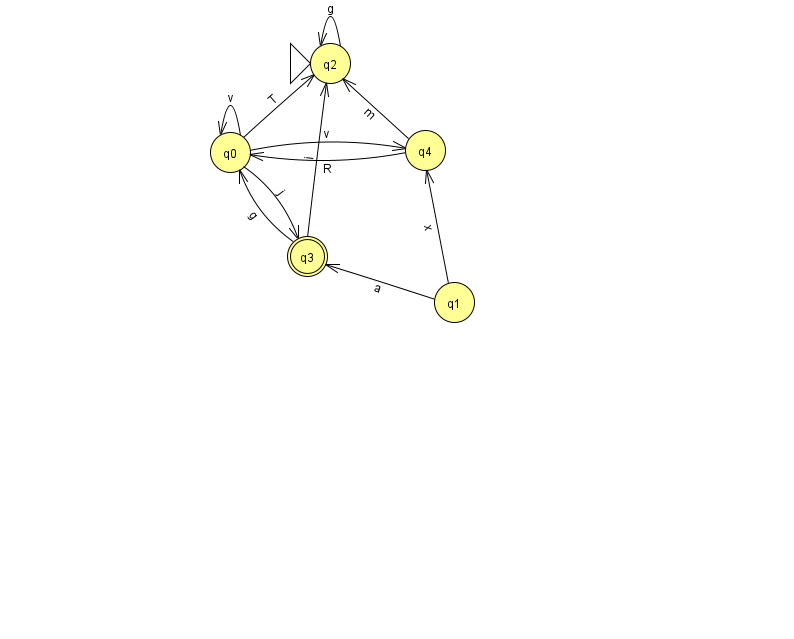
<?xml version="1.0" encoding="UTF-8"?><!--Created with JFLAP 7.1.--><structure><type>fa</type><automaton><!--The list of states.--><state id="0" name="q0"><x>230.0</x><y>139.0</y></state><state id="1" name="q1"><x>454.0</x><y>289.0</y></state><state id="2" name="q2"><x>330.0</x><y>50.0</y><initial/></state><state id="3" name="q3"><x>307.0</x><y>243.0</y><final/></state><state id="4" name="q4"><x>425.0</x><y>137.0</y></state><!--The list of transitions.--><transition><from>3</from><to>2</to><read>i</read></transition><transition><from>0</from><to>3</to><read>j</read></transition><transition><from>0</from><to>2</to><read>T</read></transition><transition><from>4</from><to>2</to><read>m</read></transition><transition><from>0</from><to>0</to><read>v</read></transition><transition><from>1</from><to>3</to><read>a</read></transition><transition><from>2</from><to>2</to><read>g</read></transition><transition><from>4</from><to>0</to><read>R</read></transition><transition><from>1</from><to>4</to><read>x</read></transition><transition><from>0</from><to>4</to><read>v</read></transition><transition><from>3</from><to>0</to><read>g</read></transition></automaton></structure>